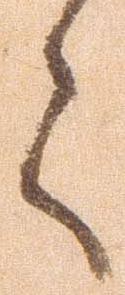
言